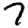
Digit: 7